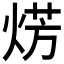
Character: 𤊊